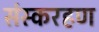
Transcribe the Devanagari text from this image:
संस्करहण